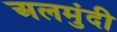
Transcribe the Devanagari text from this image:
अलमुंदी